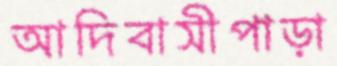
আদিবাসীপাড়া